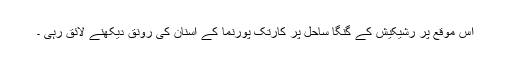
اس موقع پر رشیکیش کے گنگا ساحل پر کارتک پورنما کے اسنان کی رونق دیکھنے لائق رہی ۔